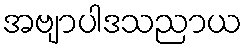
အဗျာပါဒသညာယ